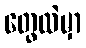
တွေထဲမှာ